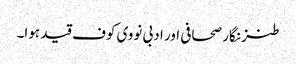
طنز نگار صحافی اور ادبی نووی کوف قید ہوا۔